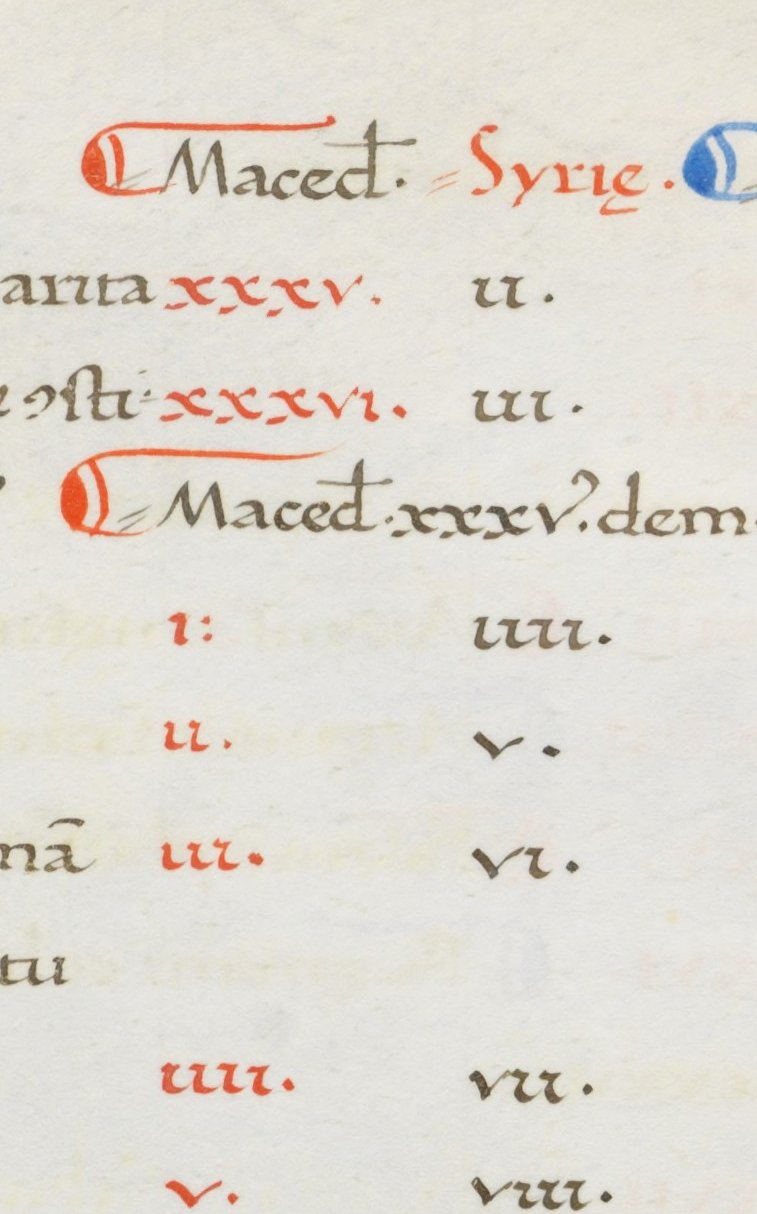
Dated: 1380–1420